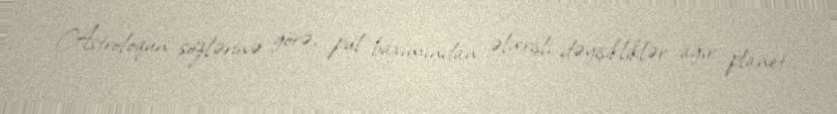
Astroloqun sözlərinə görə, pul baxımından əlverişli dəyişikliklər ağır planet